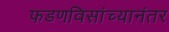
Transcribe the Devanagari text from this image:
फडणविसांच्यानंतर